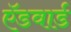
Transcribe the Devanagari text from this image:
ऍडवार्ड